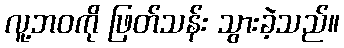
လူ့ဘဝကို ဖြတ်သန်း သွားခဲ့သည်။